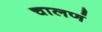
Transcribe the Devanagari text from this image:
चालणं